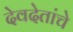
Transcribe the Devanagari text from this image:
देवदेतांचे